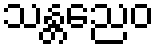
သန္တညေဝ